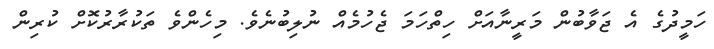
ހަމީދުގެ އެ ޖަވާބުން މަރީނާއަށް ހިތްހަމަ ޖެހުމެއް ނުލިބުނެވެ. މިހެންވެ ތަކުރާރުކޮށް ކުރިން